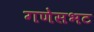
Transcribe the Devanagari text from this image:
गणेसभट